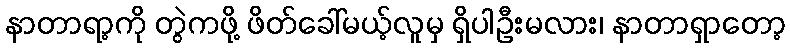
နာတာရာ့ကို တွဲကဖို့ ဖိတ်ခေါ်မယ့်လူမှ ရှိပါဦးမလား၊ နာတာရှာတော့